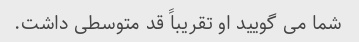
شما می گویید او تقریباً قد متوسطی داشت.